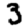
Digit: 3